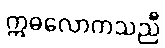
ဣဓလောကသညီ